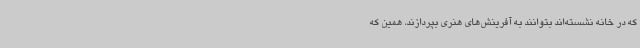
که در خانه نشسته‌اند بتوانند به آفرینش‌های هنری بپردازند، همین‌ که